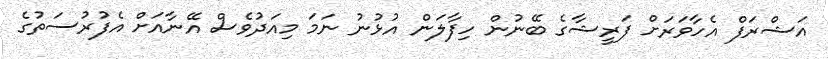
އަޝްރަފް އެހާވަރަށް ފަރީޝާގެ ބޭނުން ހިފާލަން އުޅުނު ނަމަ މިއަދުވެސް އޭނާއަށް އެފުރުސަތުގެ